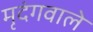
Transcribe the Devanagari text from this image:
मृदंगवाले